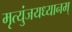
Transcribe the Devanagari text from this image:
मृत्युंजयध्यानम्‌